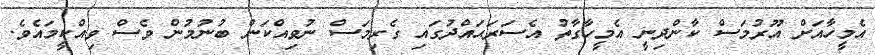
އެމީހާއަށް އޫރުމަސް ކާންދިނީ އެމީހާގާތު އެސަރަޙައްދުގައި ގެރިމަސް ނުވިއްކަން ބުނުމުން ވެސް ވިއްކީމައެވެ.